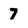
Character: 7